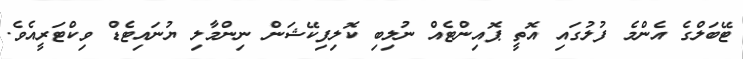
ޓޭބަލްގެ އެންމެ ފުލުގައި އޮތީ ޕޮއިންޓެއް ނުލިބި ކޮލިފިކޭޝަން ނިންމާލި ޔުނައިޓެޑް ވިކްޓަރީއެވެ.